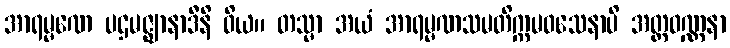
အာရမ္မဏေ ပဌမဇ္ဈာနာဒီနိ ဝိယ။ တသ္မာ အယံ အာရမ္မဏသမတိက္ကမဝသေနာပိ အတ္ထဝဏ္ဏနာ